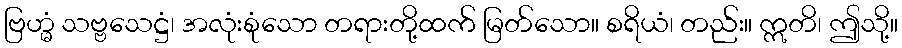
ဗြဟ္မံ သဗ္ဗသေဋ္ဌံ၊ အလုံးစုံသော တရားတို့ထက် မြတ်သော။ စရိယံ၊ တည်း။ ဣတိ၊ ဤသို့။